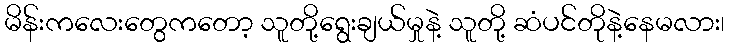
မိန်းကလေးတွေကတော့ သူတို့ရွေးချယ်မှုနဲ့ သူတို့ ဆံပင်တိုနဲ့နေမလား၊